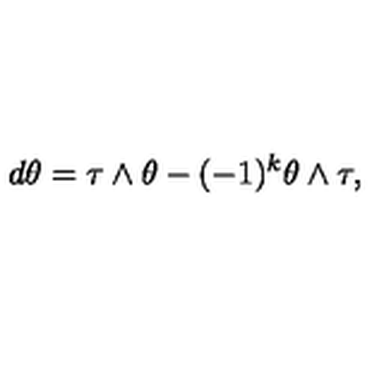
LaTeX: d \theta = \tau \wedge \theta - ( - 1 ) ^ { k } \theta \wedge \tau ,